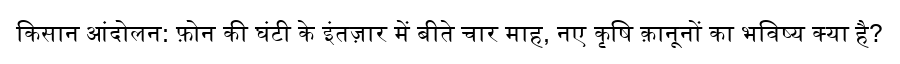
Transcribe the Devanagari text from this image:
किसान आंदोलन: फ़ोन की घंटी के इंतज़ार में बीते चार माह, नए कृषि क़ानूनों का भविष्य क्या है?